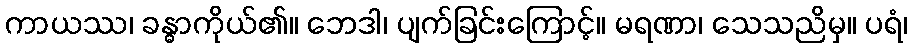
ကာယဿ၊ ခန္ဓာကိုယ်၏။ ဘေဒါ၊ ပျက်ခြင်းကြောင့်။ မရဏာ၊ သေသညိမှ။ ပရံ၊